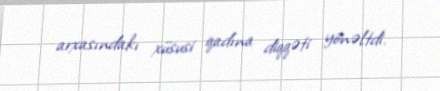
arxasındakı xüsusi qadına diqqəti yönəltdi.